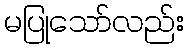
မပြုသော်လည်း